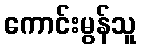
ကောင်းမွန်သူ